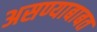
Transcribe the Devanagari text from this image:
असण्याबाबत